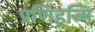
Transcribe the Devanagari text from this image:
प्रणिहन्मि